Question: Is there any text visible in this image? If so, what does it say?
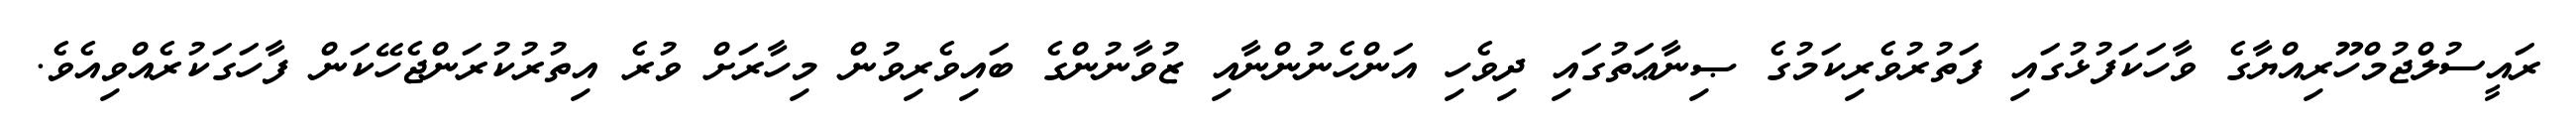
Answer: ރައީސުލްޖުމްހޫރިއްޔާގެ ވާހަކަފުޅުގައި ފަތުރުވެރިކަމުގެ ޞިނާޢަތުގައި ދިވެހި އަންހެނުންނާއި ޒުވާނުންގެ ބައިވެރިވުން މިހާރަށް ވުރެ އިތުރުކުރަންޖެހޭކަން ފާހަގަކުރެއްވިއެވެ.